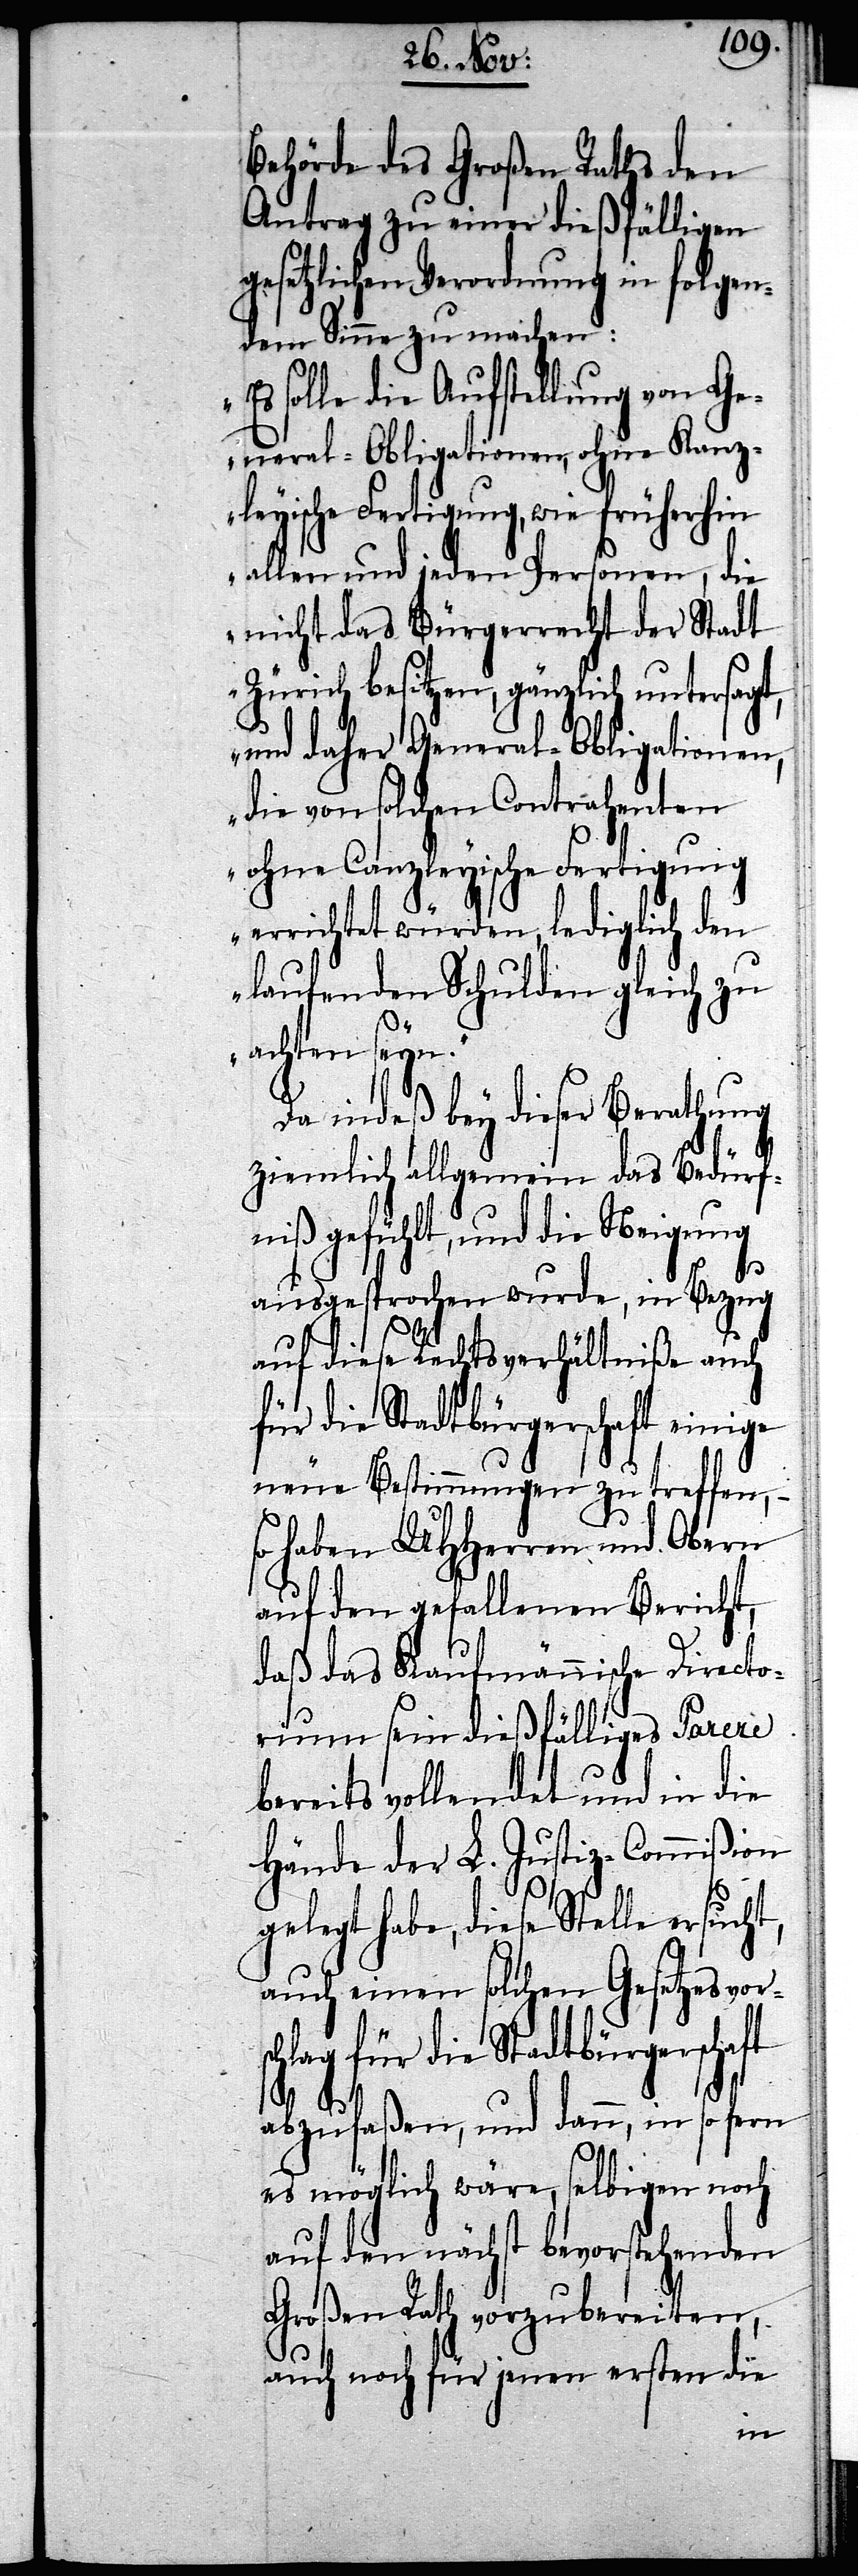
Behörde des Großen Raths den
Antrag zu einer dießfälligen
gesetzlichen Verordnung in folgen¬
dem Sinne zu machen:
solle die Aufstellung von Ge¬
neral-Obligationen, ohne Kanz¬
leyische Fertigung, wie früherhin
allen und jeden Personen, die
nicht das Bürgerrecht der Stadt
Zürich besitzen, gänzlich untersagt,
und daher General-Obligationen,
die von solchen Contrahenten
ohne Canzleyische Fertigung
errichtet würden, lediglich den
laufenden Schulden gleich zu
achten seyn.“
Da indeß bey dieser Berathung
ziemlich allgemein das Bedürf¬
niß gefühlt, und die Neigung
ausgesprochen wurde, in Bezug
auf diese Rechtsverhältniße auch
für die Stadtbürgerschaft einige
neue Bestimmungen zu treffen, –
so haben UHHerren und Obern
auf den gefallenen Bericht,
daß das Kaufmännische Directo¬
rium sein dießfälliges Parere
bereits vollendet und in die
Hände der L. Justiz-Commißion
gelegt habe, diese Stelle ersucht,
auch einen solchen Gesetzesvors¬
chlag für die Stadtbürgerschaft
abzufaßen, und dann, in so fern
es möglich wäre, selbigen noch
auf den nächst bevorstehenden
Großen Rath vorzubereiten,
auch noch für jenen ersten die